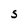
Character: S